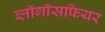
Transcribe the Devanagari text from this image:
ब्लॉगॉसफियर